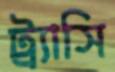
ট্র্যাসি